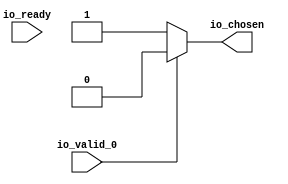
module RREncode_36(
    input  io_valid_0,
    output io_chosen,
    input  io_ready);
  wire choose;
  assign io_chosen = choose;
  assign choose = io_valid_0 ? 1'h0 : 1'h1;
endmodule